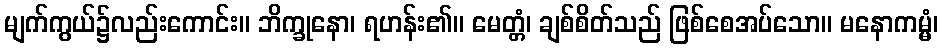
မျက်ကွယ်၌လည်းကောင်း။ ဘိက္ခုနော၊ ရဟန်း၏။ မေတ္တံ၊ ချစ်စိတ်သည် ဖြစ်စေအပ်သော။ မနောကမ္မံ၊